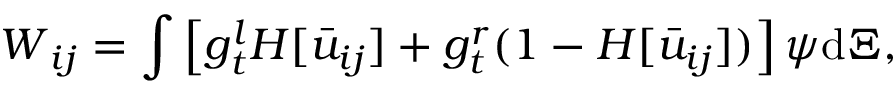
\boldsymbol { W } _ { i j } = \int \left[ g _ { t } ^ { l } H [ \bar { u } _ { i j } ] + g _ { t } ^ { r } ( 1 - H [ \bar { u } _ { i j } ] ) \right] \boldsymbol { \psi } \mathrm { d } \boldsymbol { \Xi } ,